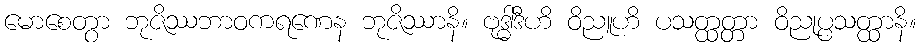
မောစေတွာ ဘုဇိဿဘာဝကရဏေန ဘုဇိဿာနိ။ ဗုဒ္ဓါဒီဟိ ဝိညူဟိ ပသတ္ထတ္တာ ဝိညုပ္ပသတ္ထာနိ။